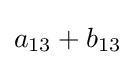
a_{13}+b_{13}